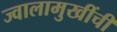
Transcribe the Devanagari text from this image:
ज्वालामुखींची